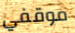
موقفي